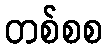
တစ်စစ